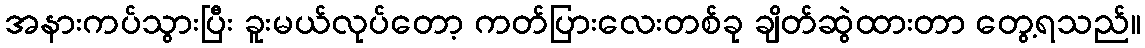
အနားကပ်သွားပြီး ခူးမယ်လုပ်တော့ ကတ်ပြားလေးတစ်ခု ချိတ်ဆွဲထားတာ တွေ့ရသည်။